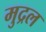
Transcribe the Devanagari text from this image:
मुद्रल